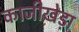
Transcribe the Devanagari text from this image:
काजीखेड़ा